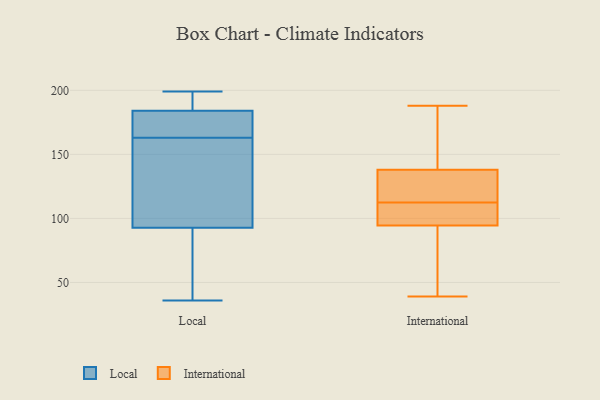
{"axis": {"x": "Net Income (USD K)", "y": "Value"}, "legend": ["International", "Local"], "data": [{"x": "", "y": 36, "type": "Local"}, {"x": "", "y": 104, "type": "Local"}, {"x": "", "y": 173, "type": "Local"}, {"x": "", "y": 175, "type": "Local"}, {"x": "", "y": 89, "type": "Local"}, {"x": "", "y": 190, "type": "Local"}, {"x": "", "y": 163, "type": "Local"}, {"x": "", "y": 199, "type": "Local"}, {"x": "", "y": 187, "type": "Local"}, {"x": "", "y": 115, "type": "Local"}, {"x": "", "y": 46, "type": "Local"}, {"x": "", "y": 123, "type": "International"}, {"x": "", "y": 100, "type": "International"}, {"x": "", "y": 140, "type": "International"}, {"x": "", "y": 44, "type": "International"}, {"x": "", "y": 188, "type": "International"}, {"x": "", "y": 113, "type": "International"}, {"x": "", "y": 92, "type": "International"}, {"x": "", "y": 136, "type": "International"}, {"x": "", "y": 108, "type": "International"}, {"x": "", "y": 77, "type": "International"}, {"x": "", "y": 97, "type": "International"}, {"x": "", "y": 142, "type": "International"}, {"x": "", "y": 99, "type": "International"}, {"x": "", "y": 149, "type": "International"}, {"x": "", "y": 112, "type": "International"}, {"x": "", "y": 132, "type": "International"}, {"x": "", "y": 126, "type": "International"}, {"x": "", "y": 47, "type": "International"}, {"x": "", "y": 177, "type": "International"}, {"x": "", "y": 39, "type": "International"}]}